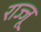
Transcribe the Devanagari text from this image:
राज्जू